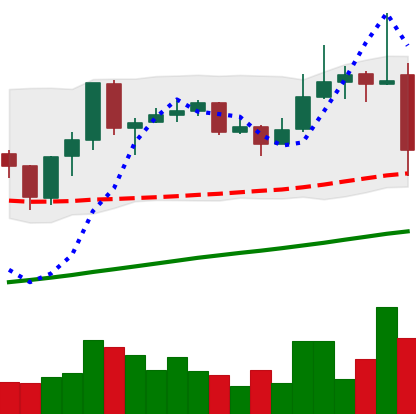
Ticker: ADA-USD
Chart end date: 2019-06-27
Forward return: -6.214%
Label: down_5_7